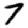
Digit: 7